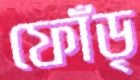
ফোঁড়্‌